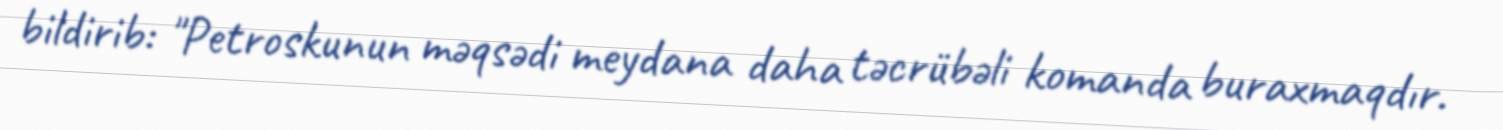
bildirib: "Petroskunun məqsədi meydana daha təcrübəli komanda buraxmaqdır.